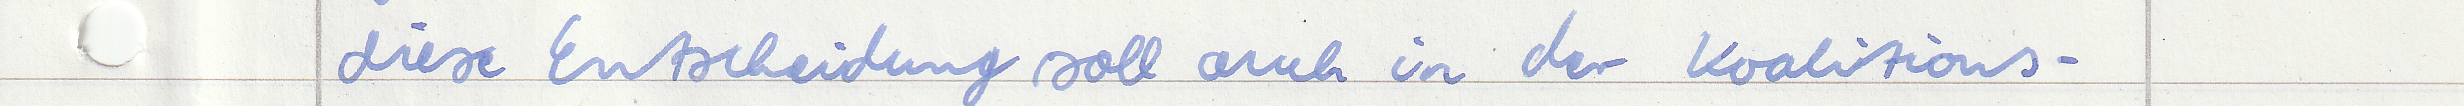
diese Entscheidung soll auch in der Koalitions -